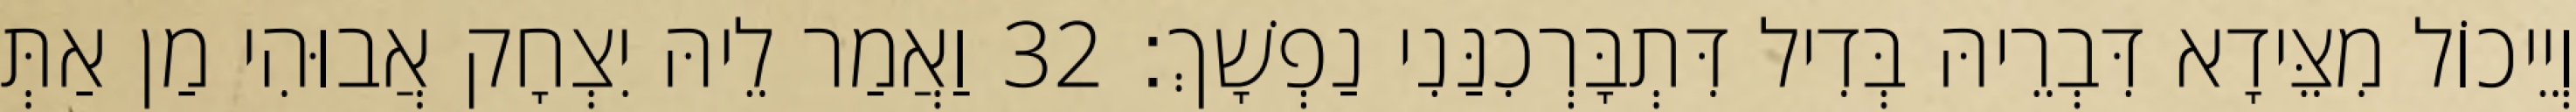
וְיֵיכוֹל מִצֵּידָא דִּבְרֵיהּ בְּדִיל דִּתְבָּרְכִנַּנִי נַפְשָׁךְ׃ 32 וַאֲמַר לֵיהּ יִצְחָק אֲבוּהִי מַן אַתְּ